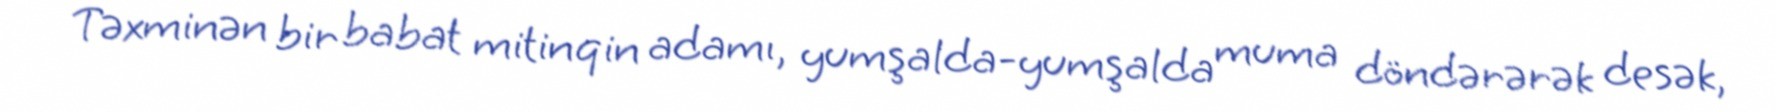
Təxminən bir babat mitinqin adamı, yumşalda-yumşalda muma döndərərək desək,